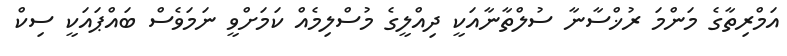
އަމްރިތާގެ މަންމަ ރުޚްސާނާ ސުލްތާނާއަކީ ދިއްލީގެ މުސްލިމެއް ކަމަށްވީ ނަމަވެސް ބައްޕައަކީ ސިކް